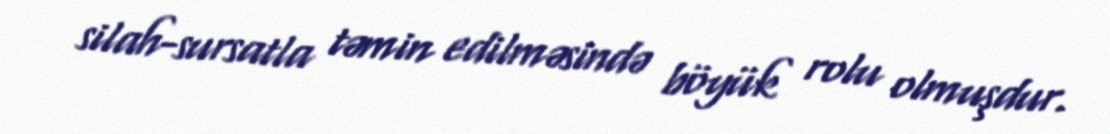
silah-sursatla təmin edilməsində böyük rolu olmuşdur.